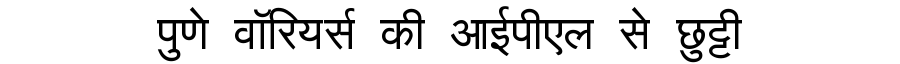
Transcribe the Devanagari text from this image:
पुणे वॉरियर्स की आईपीएल से छुट्टी